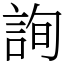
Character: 詢